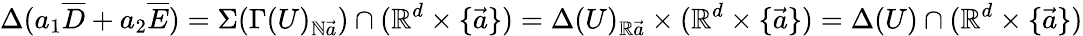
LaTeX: \Delta(a_{1}\overline{{D}}+a_{2}\overline{{E}})=\Sigma(\Gamma(U)_{\mathbb{N}\vec{a}})\cap(\mathbb{R}^{d}\times\{ \vec{a}\} )=\Delta(U)_{\mathbb{R}\vec{a}}\times(\mathbb{R}^{d}\times\{ \vec{a}\} )=\Delta(U)\cap(\mathbb{R}^{d}\times\{ \vec{a}\} )